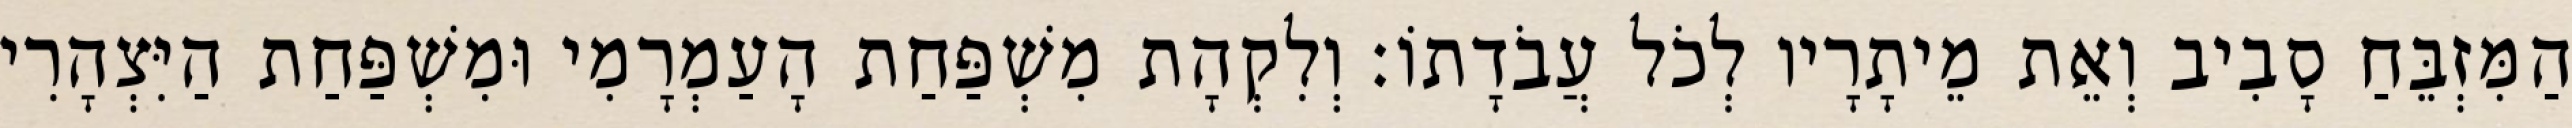
הַמִּזְבֵּחַ סָבִיב וְאֵת מֵיתָרָיו לְכֹל עֲבֹדָתוֹ׃ וְלִקְהָת מִשְׁפַּחַת הָעַמְרָמִי וּמִשְׁפַּחַת הַיִּצְהָרִי